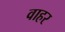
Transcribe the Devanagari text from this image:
वाहर